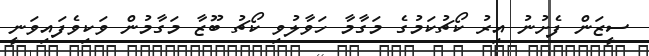
ސީޒަން ފެށުނު އިރު ކޯޗުކަމުގެ މަގާމާ ހަވާލުވި ކޯޗު ބޫޒާ މަގާމުން ވަކިވެފައިވަނީ